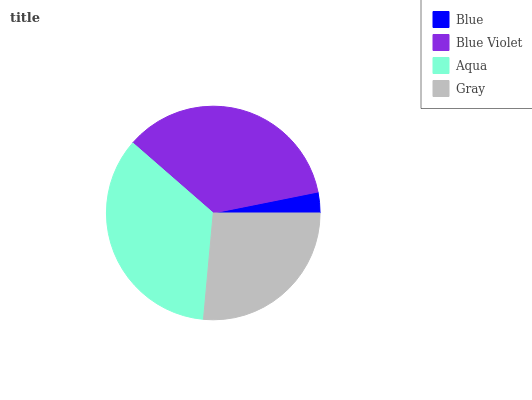
| Blue | Blue Violet | Aqua | Gray |
 | --- | --- | --- | --- |
 | 3.15% | 35.5% | 35% | 26.4% |